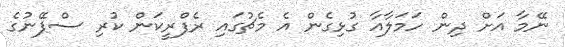
ނޭމާ އަށް ދިން ހަމަލާއާ ގުޅިގެން އެ މެޗުގައި ރެފްރީކަން ކުރި ސްޕޭނުގެ